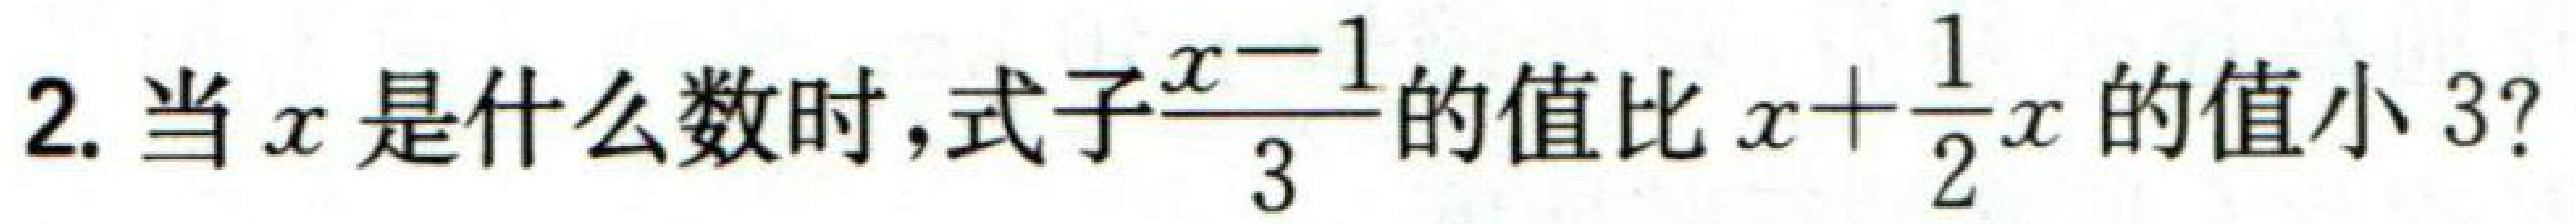
2. 当$x$是什么数时，式子$\frac{x - 1}{3}$的值比$x+\frac{1}{2}x$的值小$3$？